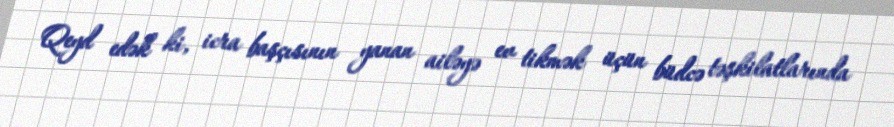
Qeyd edək ki, icra başçısının yanan ailəyə ev tikmək üçün büdcə təşkilatlarında